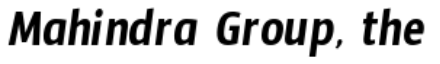
Mahindra Group, the